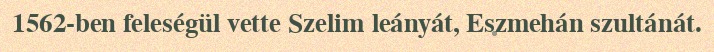
1562-ben feleségül vette Szelim leányát, Eszmehán szultánát.